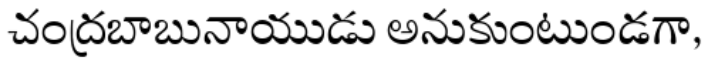
చంద్రబాబునాయుడు అనుకుంటుండగా,